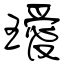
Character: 璦